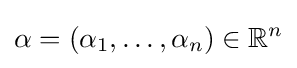
\alpha =(\alpha _{1},\ldots ,\alpha _{n})\in \mathbb {R} ^{n}